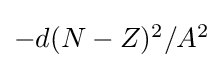
{\textstyle -d(N-Z)^{2}/A^{2}}